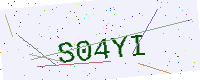
Text: S04YI